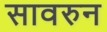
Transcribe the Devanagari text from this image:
सावरुन